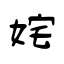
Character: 姹